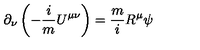
\partial _ { \nu } \left( - \frac { i } { m } U ^ { \mu \nu } \right) = \frac { m } { i } R ^ { \mu } \psi